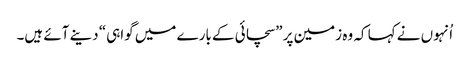
‏ اُنہوں نے کہا کہ وہ زمین پر ”‏سچائی کے بارے میں گواہی“‏ دینے آئے ہیں۔